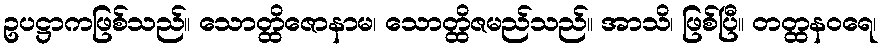
ဥပဋ္ဌာကဖြစ်သည်။ သောတ္ထိဇောနာမ၊ သောတ္ထိဇမည်သည်။ အာသိ၊ ဖြစ်ပြီ။ တတ္ထနဝရေ၊